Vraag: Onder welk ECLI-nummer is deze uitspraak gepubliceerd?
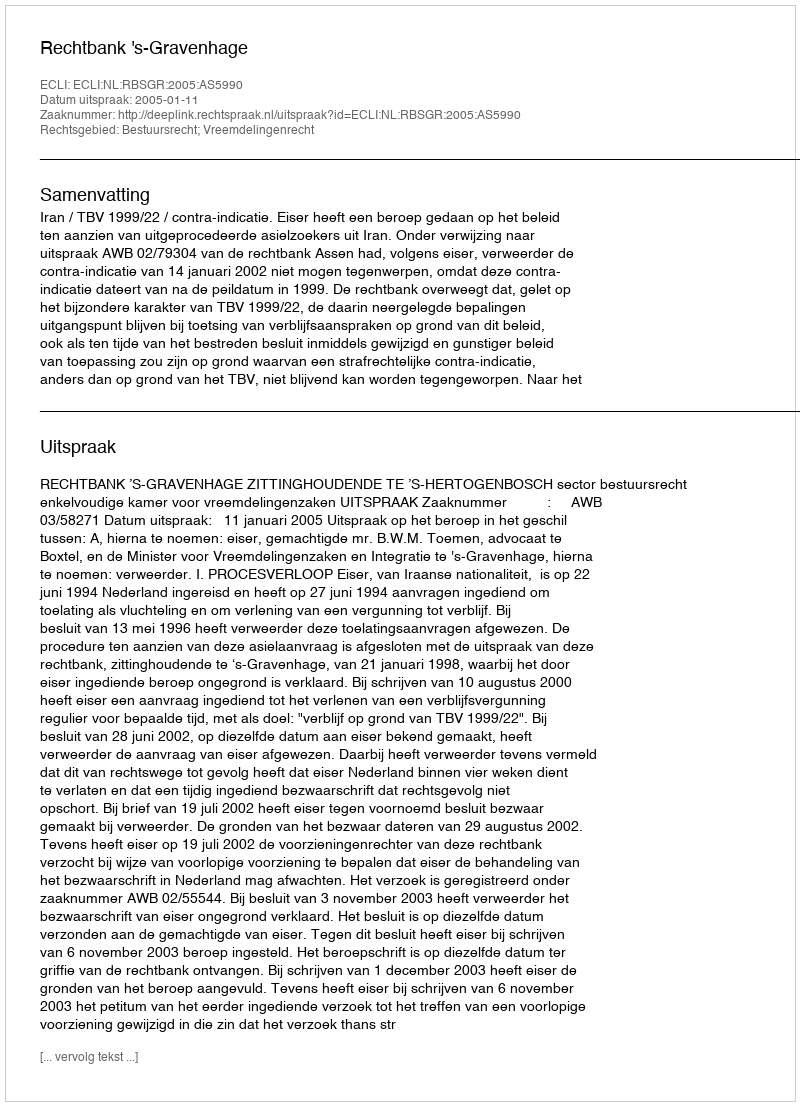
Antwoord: ECLI:NL:RBSGR:2005:AS5990